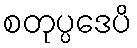
စတုပ္ပဒေပိ